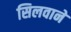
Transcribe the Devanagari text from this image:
सिलवाने